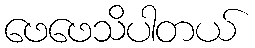
ဖေဖေသိပါတယ်